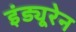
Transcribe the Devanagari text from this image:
इंड्यूरेन